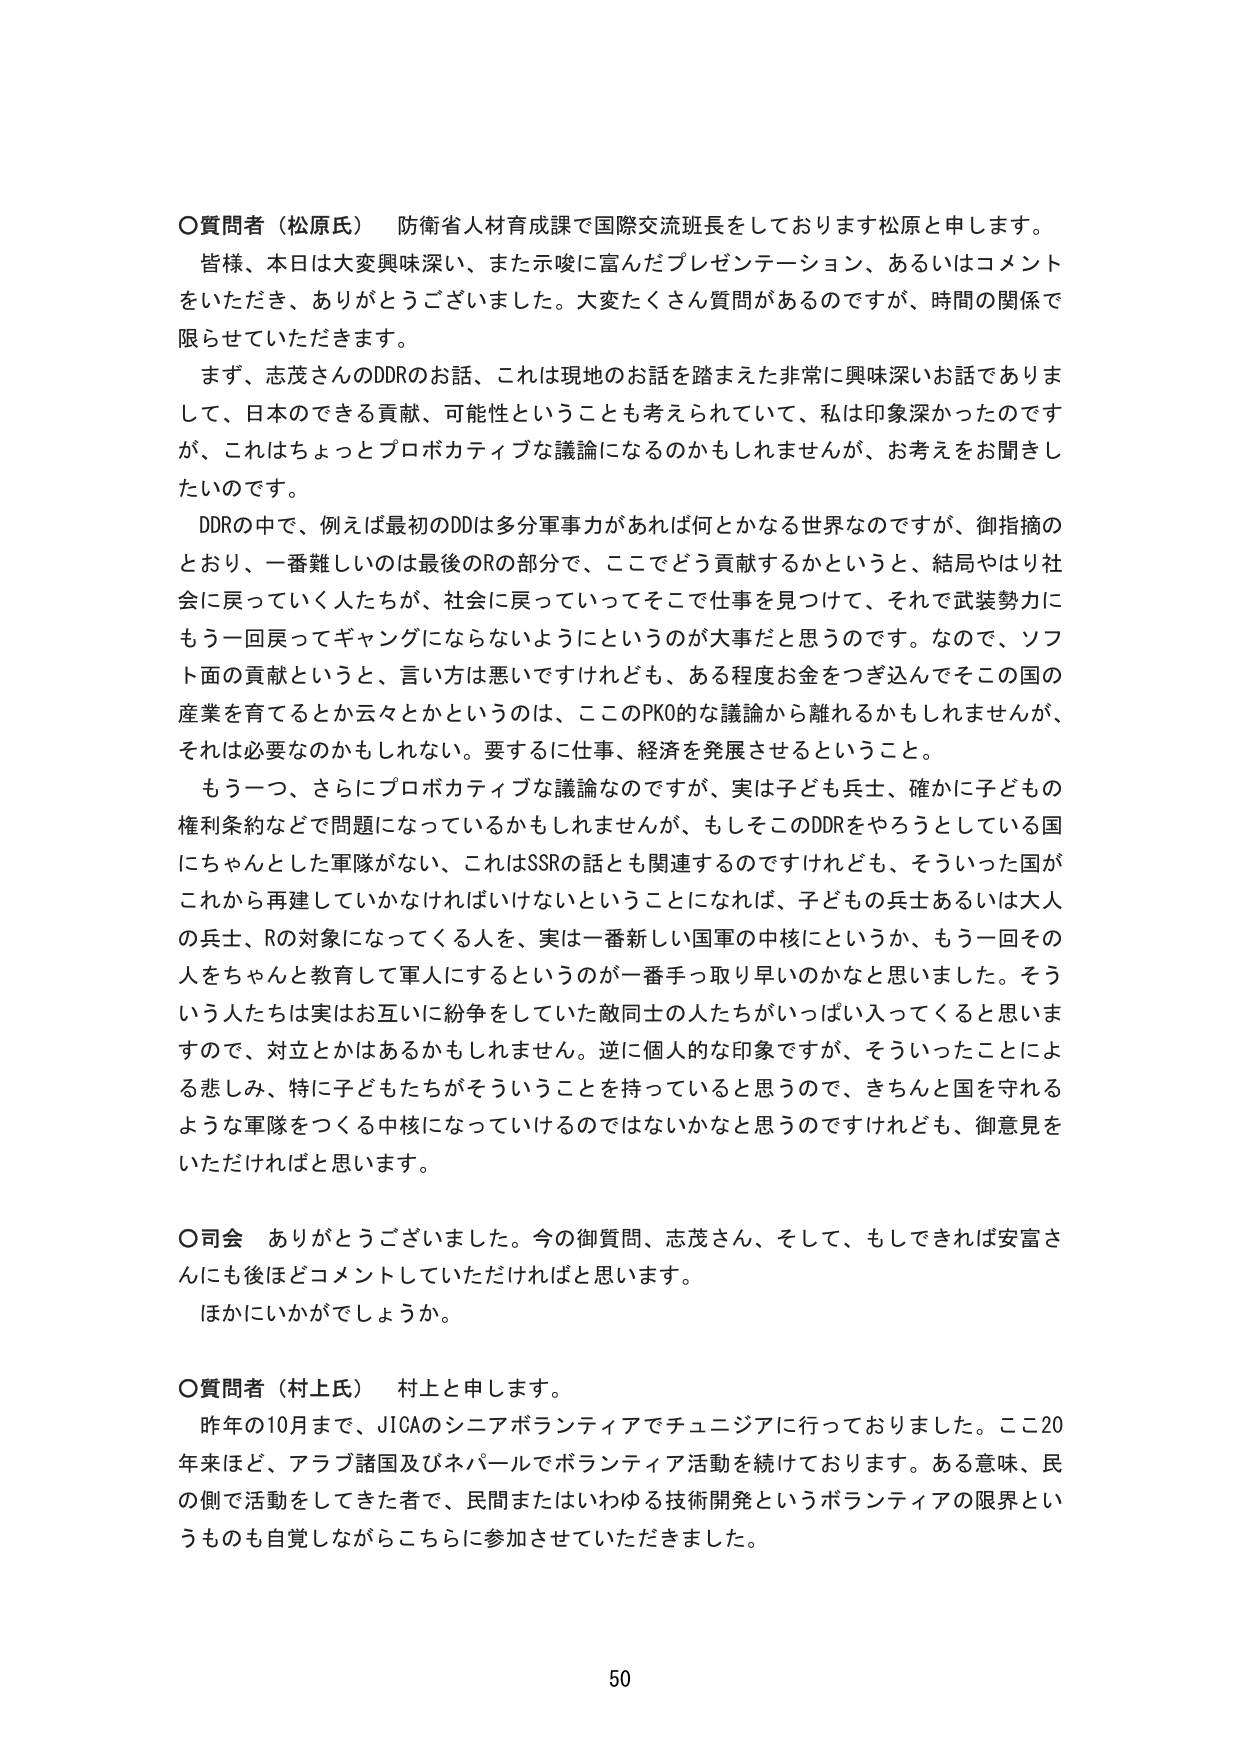
〇質問者（松原氏）　防衛省人材育成課で国際交流班長をしております松原と申します。
皆様、本日は大変興味深い、また示唆に富んだプレゼンテーション、あるいはコメントをいただき、ありがとうございました。大変たくさん質問があるのですが、時間の関係で限らせていただきます。
　まず、志茂さんのDDRのお話、これは現地のお話を踏まえた非常に興味深いお話でありまして、日本ができる貢献、可能性ということも考えられていて、私は印象深かったのですが、これはちょっとプロボカティブな議論になるのかもしれませんが、お考えをお聞きしたいのです。
　DDRの中で、例えば最初のDDは多分軍事力があれば何とかなる世界なのですが、御指摘のとおり、一番難しいのは最後のRの部分で、ここでどう貢献するかというと、結局やはり社会に戻っていく人たちが、社会に戻っていってそこで仕事を見つけて、それで武装勢力にもう一回戻ってギャングにならないようにというのが大事だと思うのです。なので、ソフト面の貢献というと、言い方は悪いですけれども、ある程度お金をつぎ込んでそこの国の産業を育てるとか云々とかというのは、ここのPKO的な議論から離れるかもしれませんが、それは必要なのかもしれない。要するに仕事、経済を発展させることということ。
　もう一つ、さらにプロボカティブな議論なのですが、実は子ども兵士、確かに子どもの権利条約などで問題になっているかもしれませんが、もしそこのDDRをやろうとしている国にちゃんとした軍隊がない、これはSSRの話とも関連するのですけれども、そういった国がこれから再建していかなければならないということになれば、子ども兵士あるいは大人の兵士、Rの対象になってくる人を、実は一番新しい国軍の中核にというか、もう一回その人をちゃんと教育して軍人にするというのが一番手っ取り早いのかなと思いました。そういう人たちは実はお互いに紛争をしていた敵同士の人たちがいっぱい入ってくると思いますので、対立とかはあるかもしれません。逆に個人的な印象ですが、そういったことによる悲しみ、特に子どもたちがそういうことを持っていると思うので、きちんと国を守れるような軍隊をつくる中核になっていけるのではないかと思うのですけれども、御意見をいただければと思います。

〇司会　ありがとうございました。今の御質問、志茂さん、そして、もしどければ安富さんに後ほどコメントしていただければと思います。
　ほかにいかがでしょうか。

〇質問者（村上氏）　村上と申します。
　昨年の10月まで、JICAのシニアボランティアでチュニジアに行っておりました。ここ20年来ほど、アラブ諸国及びネパールでボランティア活動を続けております。ある意味、民の側で活動をしてきた者で、民間またはいわゆる技術開発というボランティアの限界というものも自覚しながらこちらに参加させていただきました。

50